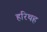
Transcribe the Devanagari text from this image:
हरिथह